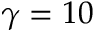
\gamma = 1 0